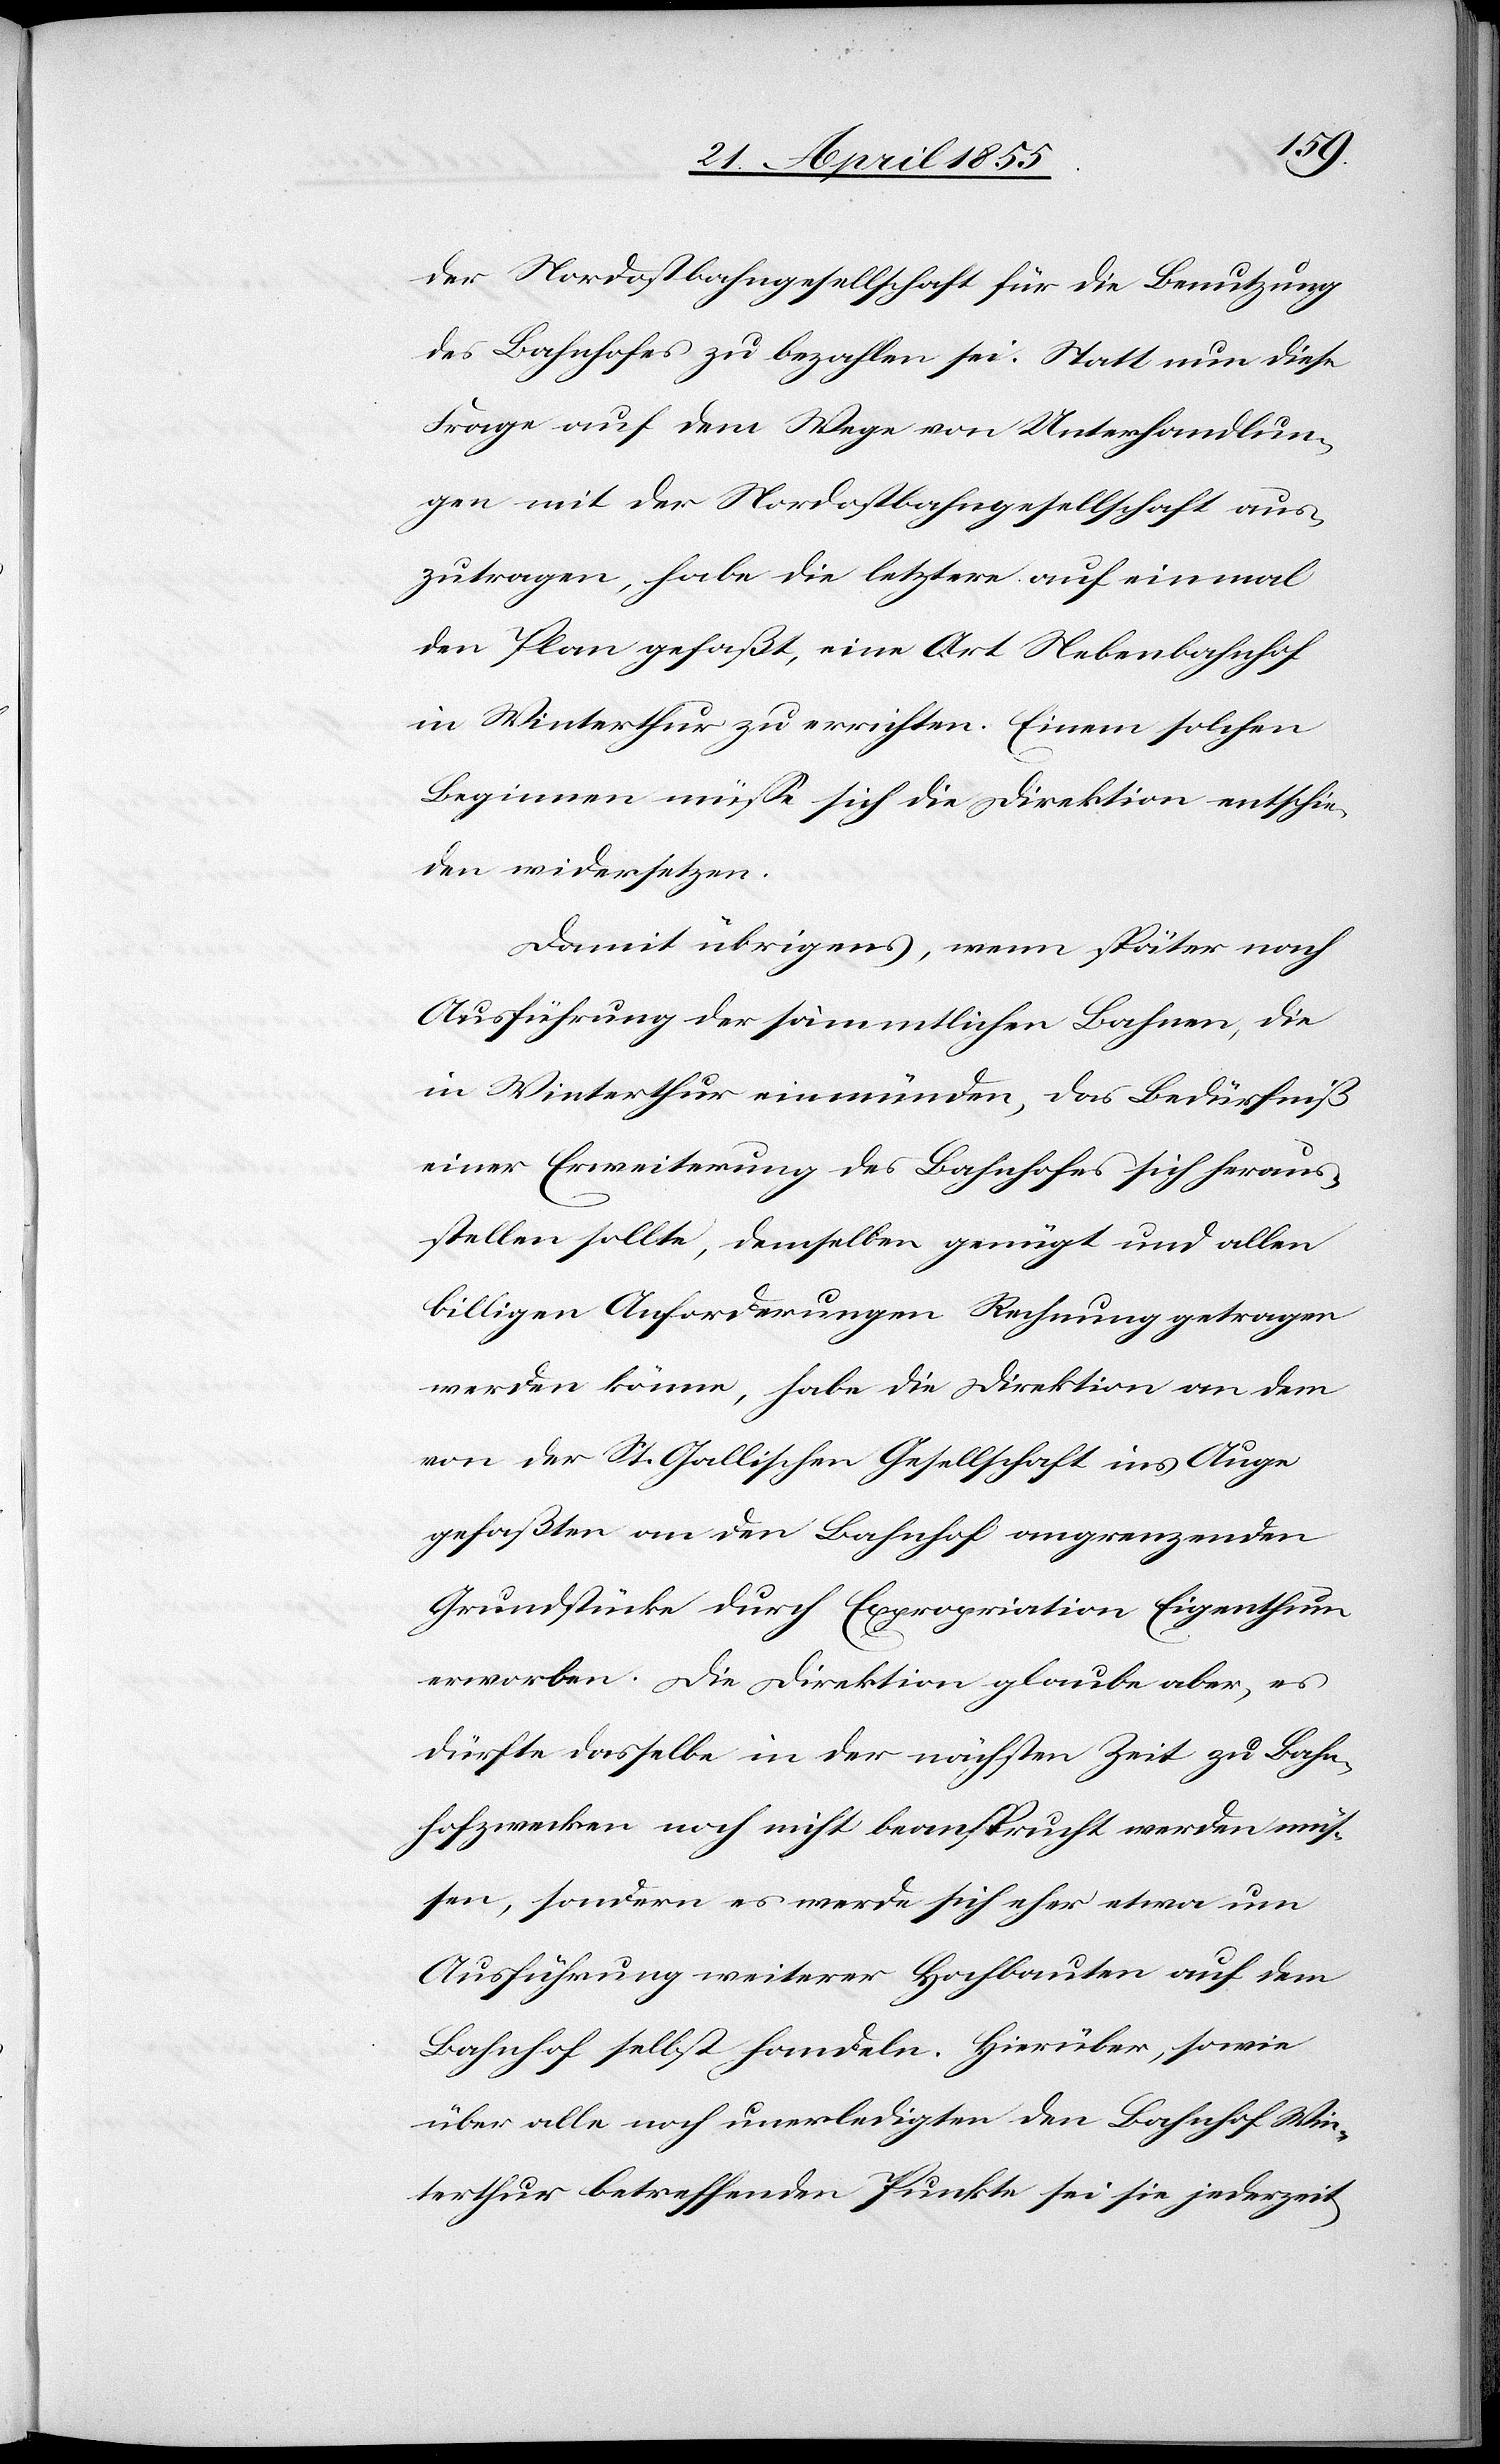
der Nordostbahngesellschaft für die Benutzung
des Bahnhofes zu bezahlen sei. Statt nun diese
Frage auf dem Wege von Unterhandlun¬
gen mit der Nordostbahngesellschaft aus¬
zutragen, habe die letztere auf einmal
den Plan gefaßt, eine Art Nebenbahnhof
in Winterthur zu errichten. Einem solchen
Beginnen müsse sich die Direktion entschie¬
den widersetzen.
Damit übrigens, wenn später nach
Ausführung der sämmtlichen Bahnen, die
in Winterthur einmünden, das Bedürfniß
einer Erweiterung des Bahnhofes sich heraus¬
stellen sollte, demselben genügt und allen
billigen Anforderungen Rechnung getragen
werden könne, habe die Direktion an dem
von der St. Gallischen Gesellschaft ins Auge
gefaßten an den Bahnhof angrenzenden
Grundstücke durch Expropriation Eigenthum
erworben. Die Direktion glaube aber, es
dürfte dasselbe in der nächsten Zeit zu Bahn¬
hofzwecken noch nicht beansprucht werden müs¬
sen, sondern es werde sich eher etwa um
Ausführung weiterer Hochbauten auf dem
Bahnhof selbst handeln. Hierüber, sowie
über alle noch unerledigten den Bahnhof Win¬
terthur betreffenden Punkte sei sie jederzeit